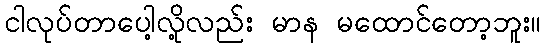
ငါလုပ်တာပေါ့လို့လည်း မာန မထောင်တော့ဘူး။